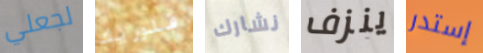
لجعلي فلوريك نشارك ينزف إستدر